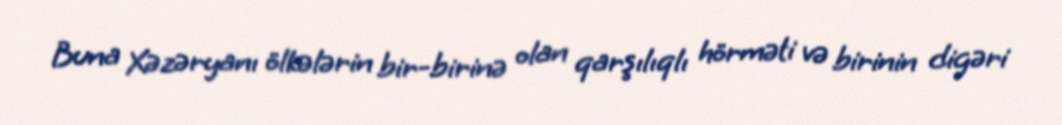
Buna Xəzəryanı ölkələrin bir-birinə olan qarşılıqlı hörməti və birinin digəri